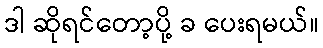
ဒါ ဆိုရင်တော့ပို့ ခ ပေးရမယ်။